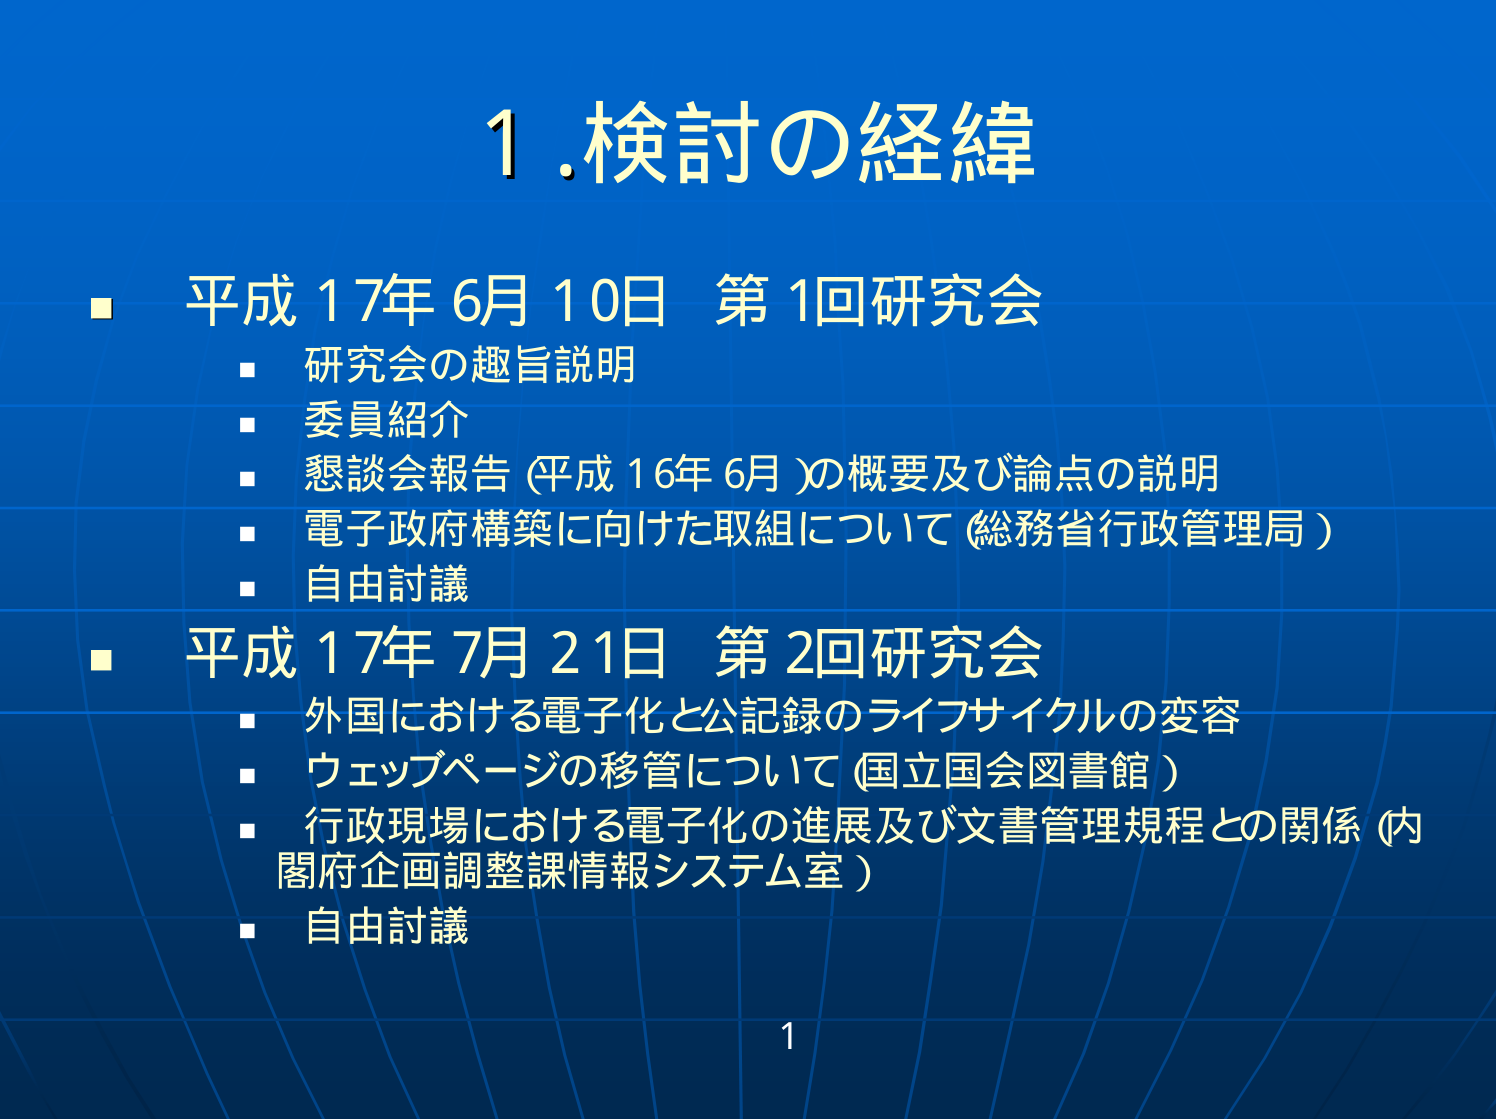
1. 検討の経緯

■ 平成17年6月10日 第1回研究会
  ■ 研究会の趣旨説明
  ■ 委員紹介
  ■ 懇談会報告（平成16年6月）の概要及び論点の説明
  ■ 電子政府構築に向けた取組について（総務省行政管理局）
  ■ 自由討議

■ 平成17年7月21日 第2回研究会
  ■ 外国における電子化と公記録のライフサイクルの変容
  ■ ウェブページの移管について（国立国会図書館）
  ■ 行政現場における電子化の進展及び文書管理規程との関係（内閣府企画調整課情報システム室）
  ■ 自由討議

1